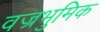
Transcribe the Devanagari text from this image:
वज्रभुमिक